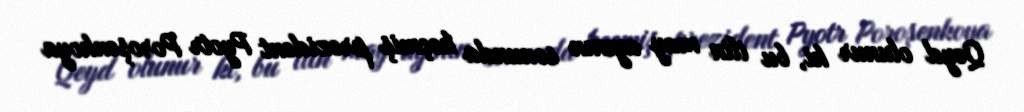
Qeyd olunur ki, bu ilin may ayının sonunda keçmiş prezident Pyotr Poroşenkoya